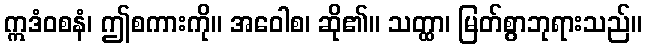
ဣဒံဝစနံ၊ ဤစကားကို။ အဝေါစ၊ ဆို၏။ သတ္ထာ၊ မြတ်စွာဘုရားသည်။